Report on sanitation, dispensaries, and jails in Rajputana for 1909, and on vaccination for the year 1909-1910 - 1909-1910
Year: 1909
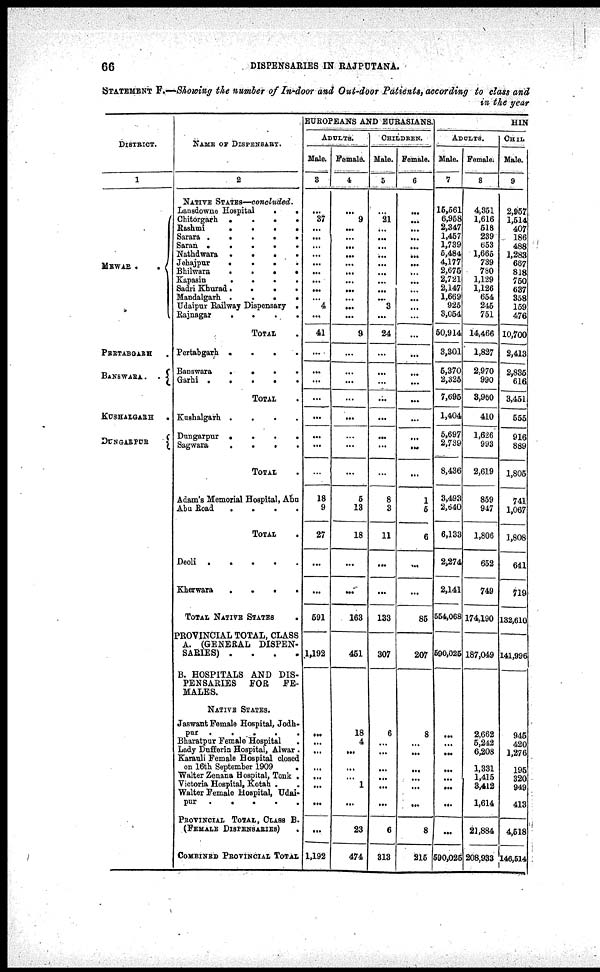
66
DISPENSARIES IN RAJPUTANA.
STATEMENT F.—Showing the number of In-door and Out-door Patients, according to class and
in the year
DISTRICT.
1
MEWAR .
.
PERTABGARH .
BANSWARA.
.
KUSHALGARH
.
DUNGARPUR
NAME OF DISPENSARY.
2
NATIVE STATES—concluded.
Lanedowne Hospital
.
.
Chitorgarh .
.
.
.
Rashmi
.
.
.
.
Sarara
.
.
.
.
.
Saran
.
.
.
.
.
Nathdwara
.
.
.
.
Jehajpur
.
.
.
.
Bhilwara
.
.
.
.
Kapasin
.
.
.
.
Sadri Khurad.
.
.
.
Mandalgarh .
.
.
.
Udaipur Railway Dispensary .
Rajnagar
.
.
.
.
TOTAL .
Pertabgarh .
.
.
.
Banswara
.
.
.
.
Garhi
.
.
.
.
.
TOTAL .
Kushalgarh .
.
.
.
Dungarpur .
.
.
.
Sagwara
.
.
.
.
TOTAL .
Adam's Memorial Hospital, Abu
Abu Road
.
.
.
.
TOTAL .
Deoli
.
.
.
.
.
Kherwara
.
.
.
.
TOTAL NATIVE STATES .
PROVINCIAL TOTAL, CLASS
A. (GENERAL DISPEN-
SARIES) .
.
.
.
B. HOSPITALS AND DIS-
PENSARIES
FOR
FE-
MALES.
NATIVE STATES.
Jaswant Female Hospital, Jodh¬
pur . . . . .
Bharatpur Female Hospital .
Lady Dufferin Hospital, Alwar .
Karauli Female Hospital closed
on 16th September 1909 .
Walter Zenana Hospital, Tonk .
Victoria Hospital, Kotah . .
Walter Female Hospital, Udai¬
pur . . . . .
PROVINCIAL TOTAL, CLASS B.
(FEMALE DISPENSARIES) .
COMBINED PROVINCIAL TOTAL
EUROPEANS AND EURASIANS.
ADULTS.
Male.
3
...
37
...
...
...
...
...
...
...
...
...
4
...
41
...
...
...
...
...
...
...
...
18
9
27
...
...
591
1,192
...
...
...
...
...
...
...
...
1,192
Female.
4
...
9
...
...
...
...
...
...
...
...
...
...
...
9
...
...
...
...
...
...
...
...
5
13
18
...
...
163
451
18
4
...
...
...
1
...
23
474
CHILDREN.
Male.
5
...
21
...
...
...
. .«
...
...
...
...
...
3
...
24
...
...
...
...
...
...
...
...
8
3
11
...
...
133
307
6
...
...
...
...
...
...
6
313
Female.
6
...
...
...
...
...
...
...
...
...
...
...
...
...
...
...
...
...
...
...
...
...
...
1
5
6
...
...
85
207
8
...
...
...
...
...
...
8
215
HIN
ADULTS.
Male.
7
15,561
6,958
2,347
1,457
1,739
6,484
4,177
2,675
2,721
2,147
1,669
925
3,054
50,914
3,301
5,370
2,325
7,695
1,404
5,697
2,739
8,436
3,493
2,640
6,133
2,274
2,141
554,068
590,025
...
...
...
...
...
...
...
...
590,025
Female.
8
4,351
1,616
518
239
653
1,666
739
739
1,129
1,126
654
245
751
14,466
1,927
2,970
990
3,960
410
1,626
993
2,619
859
947
1,806
652
749
174,190
187,049
2,662
5,242
6,208
1,331
1,415
3,412
1,614
21,884
208,933
CHIL
Male.
9
2,957
1,514
407
186
488
1,283
667
818
750
637
358
159
476
10,700
2,413
2,835
616
3,451
656
916
889
1,805
741
1,067
1,808
641
719
132,610
141,996
945
420
1,276
195
320
949
413
4,518
146,514